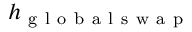
h _ { \mathrm { ~ g ~ l ~ o ~ b ~ a ~ l ~ s ~ w ~ a ~ p ~ } }